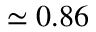
\simeq 0 . 8 6